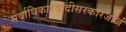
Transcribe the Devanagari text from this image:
सर्वाधिकारवादीसरकारजॉर्ज